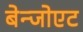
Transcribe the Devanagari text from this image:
बेन्जोएट